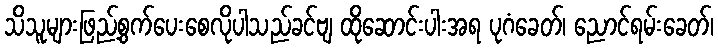
သိသူများဖြည့်စွက်ပေးစေလိုပါသည်ခင်ဗျ ထိုဆောင်းပါးအရ ပုဂံခေတ်၊ ညောင်ရမ်းခေတ်၊